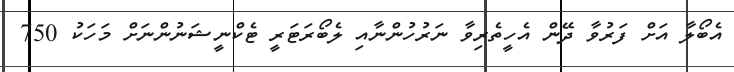
އެބޯލާ އަށް ފަރުވާ ދޭން އެހީތެރިވާ ނަރުހުންނާއި ލެބޯރަޓަރީ ޓެކްނީޝަނުންނަށް މަހަކު 750